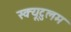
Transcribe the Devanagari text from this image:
स्क्यूटुलम